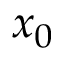
x _ { 0 }